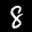
Label: 8